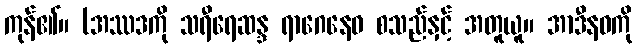
ကုန်၏။ (အဿဒကို သရီရေဆန္ဒ ရာဂေနေဝ စသည်နှင့် အတူယူ။ အာဒီနဝကို